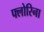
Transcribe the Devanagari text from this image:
फ्लोरिना